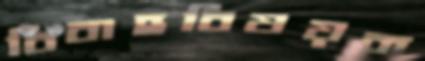
বিবাহবিষয়ক